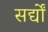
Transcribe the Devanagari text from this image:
सर्द्यों